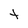
Character: t